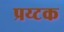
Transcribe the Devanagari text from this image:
प्रय्टक